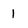
Character: l